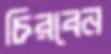
চিরবেন